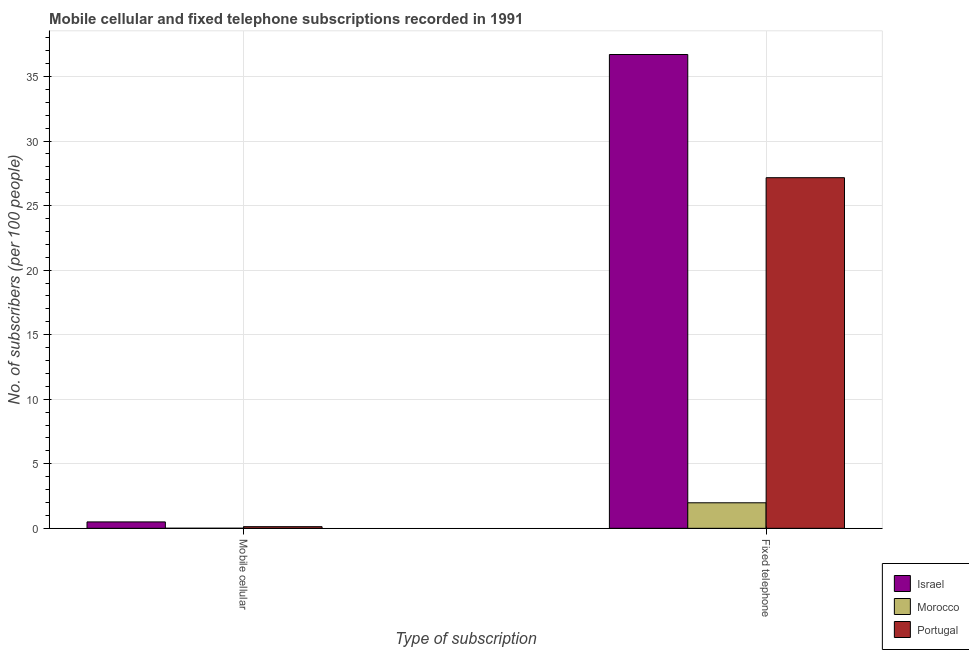
| Type of subscription | Israel | Morocco | Portugal |
 | --- | --- | --- | --- |
 | Mobile cellular | 0.496 | 0.00597 | 0.127 |
 | Fixed telephone | 36.7 | 1.98 | 27.2 |